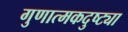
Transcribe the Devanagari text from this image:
गुणात्मकदुष्ट्या